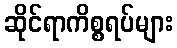
ဆိုင်ရာကိစ္စရပ်များ